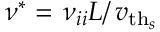
\nu ^ { * } = \left. \nu _ { i i } L \right/ \ensuremath { v _ { \mathrm { t h } _ { s } } }